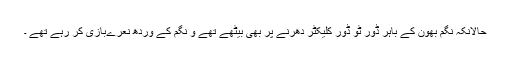
حالانکہ نگم بھون کے باہر ڈور ٹو ڈور کلیکٹر دھرنے پر بھی بیٹھے تھے و نگم کے وردھ نعرےبازی کر رہے تھے ۔